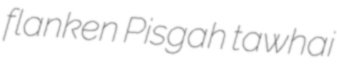
flanken Pisgah tawhai